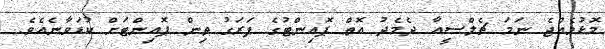
މޮޅުވެއްޖެ ނަމަ ޗެލްސީއާ ދެމެދު އޮތް ޕޮއިންޓުގެ ފަރަގު ތިން ޕޮއިންޓަށް ކުޑަވާނެއެވެ.